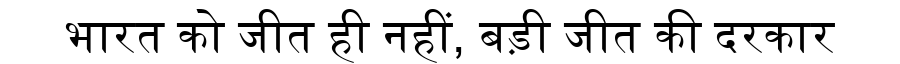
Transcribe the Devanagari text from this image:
भारत को जीत ही नहीं, बड़ी जीत की दरकार